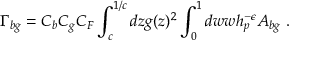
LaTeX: \Gamma _ { b g } = C _ { b } C _ { g } C _ { F } \int _ { c } ^ { 1 / c } d z g ( z ) ^ { 2 } \int _ { 0 } ^ { 1 } d w w h _ { p } ^ { - \epsilon } A _ { b g } ~ .